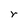
Character: r